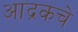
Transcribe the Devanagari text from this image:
आद्रकचे